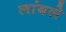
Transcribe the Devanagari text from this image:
लांबले